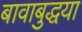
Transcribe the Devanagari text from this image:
बावाबुद्धया